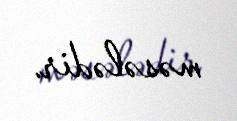
məsələdir.